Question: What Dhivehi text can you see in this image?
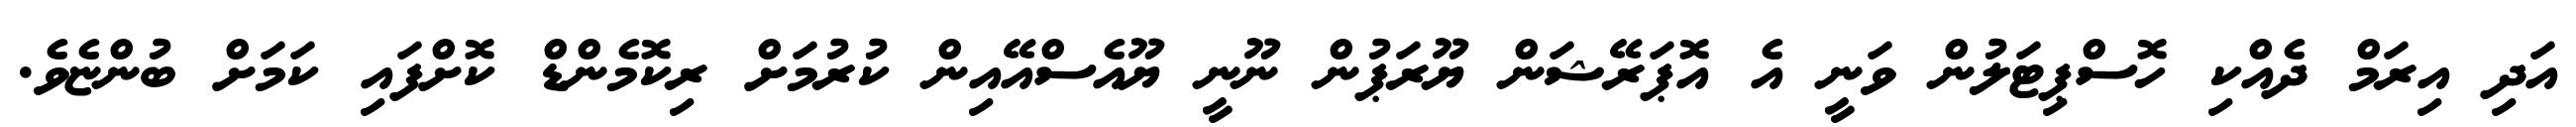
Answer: އަދި އިރަމް ދެއްކި ހޮސްޕިޓަލުން ވަނީ އެ އޮޕަރޭޝަން ޔޫރަޕުން ނޫނީ ޔޫއެސްއޭއިން ކުރުމަށް ރިކޮމެންޑް ކޮށްފައި ކަމަށް ބުންޏެވެ.